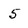
Character: 5